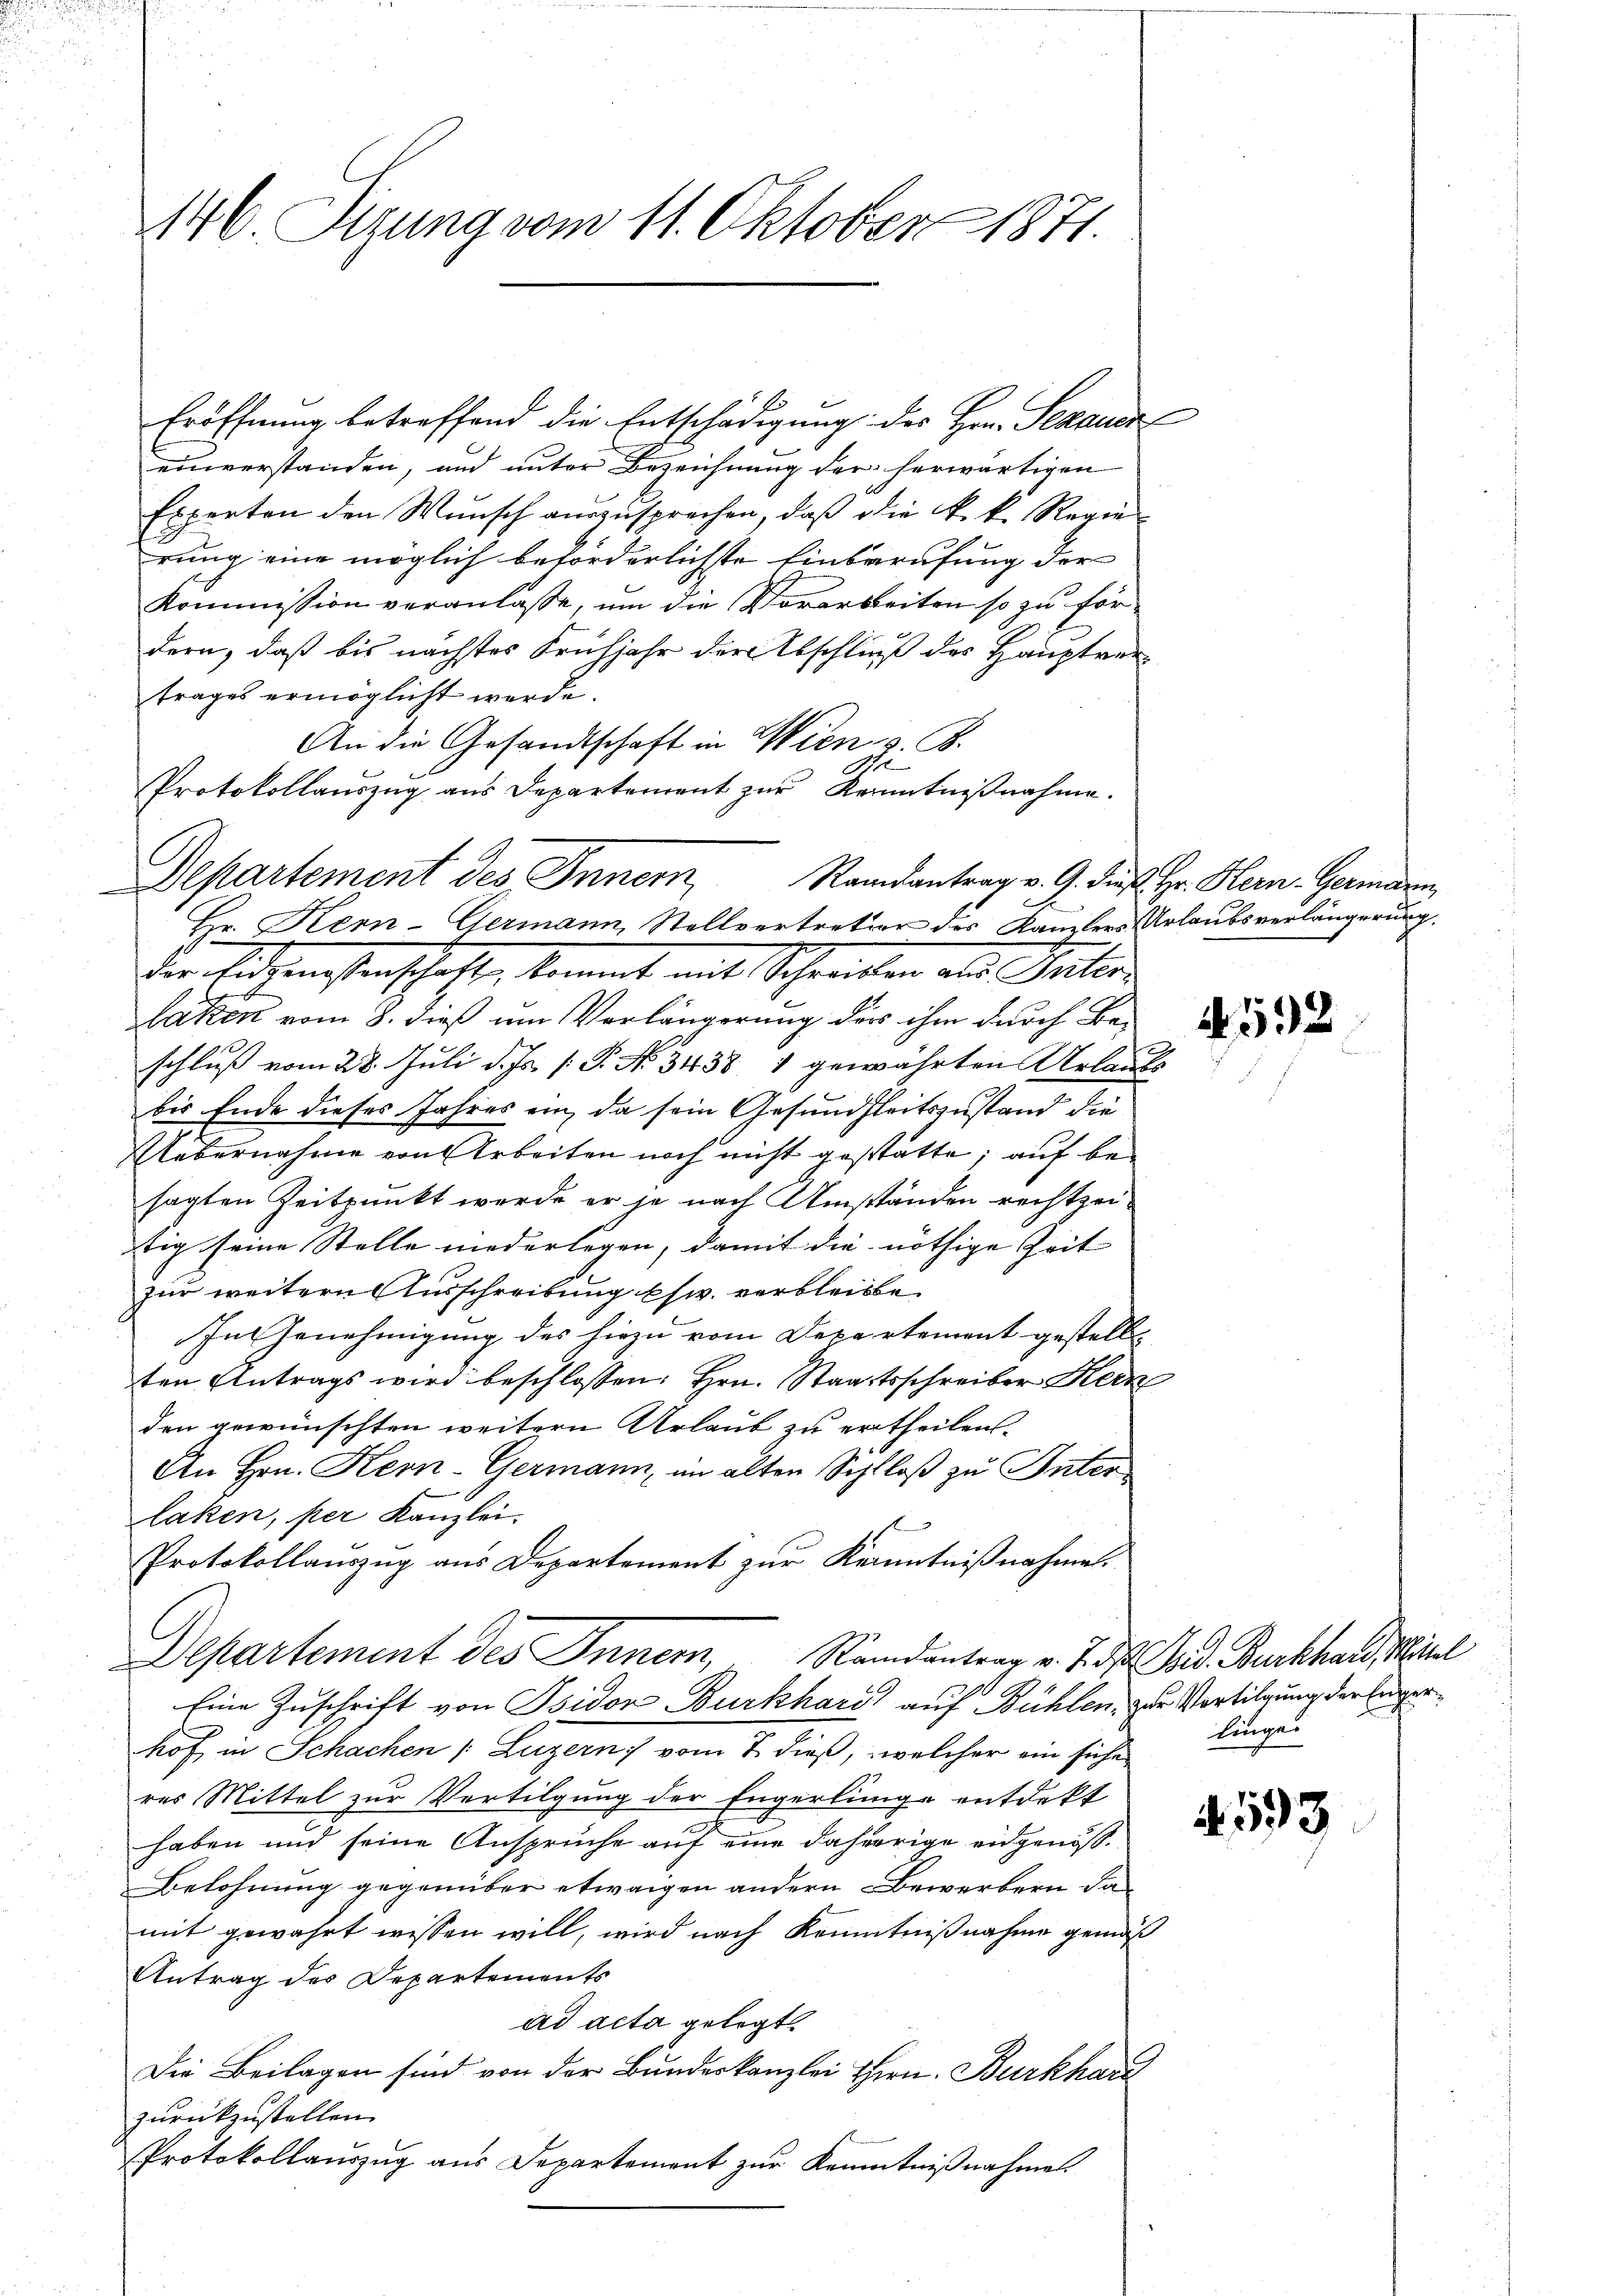
Eröffnung betreffend die Entschädigung des Hrn. Schauer
einverstanden, und unter Bezeichnung der herwärtigen
Experten den Wunsch auszusprechen, daß die k.k. Regie
rung eine möglich beförderlichste Einberufung der
Kommission veranlasse, um die Vorarbeiten so zu för
dern, daß bis nächstes Frühjahr der Abschließ des Hauptvertrages ermöglicht werde.
An die Gesandtschaft in Wien z. B.
te
Protokollauszug aus Departement zur Kenntnißnahme.
Randantrag v. 9. dieß Hr. Kern-Germann,
Die Bedienstenschaft, kommt mit Schreiben als Seitere
laken vom 8. dieß um Verlängerung der ihm durch Beschluß vom 28. Juli d. Js. [ P. No. 3438, 1 gewährten Urlaubs
bis Ende dieses Jahres ein, da sein Gesundheitszustand die
Uebernahme von Arbeiten noch nicht gestatte; auf be-
sagten Zeitpunkt werde er je nach Umständen rechtzeitig seine Stelle niederlegen, damit die nöthige Zeit |
für weitern Ausschreibung usw. verbleibe
In Genehmigung des hiezu vom Departement gestell
ten Antrags wird beschlossen: Hrn. Staatsschreiber Kern
den gewünschten weitern Urlaub zu ertheilen.
An Hrn. Kern-Germann, im alten Schloß zu Inter
laken, per Kanzlei.
Protokollauszug aus Departement zur Kenntnißnahmen.
Departement des Innern, Randantrag v. J. d. d. Burkhard Sil
Eine Zuschrift von Isidor Burkhard auf Bühlen, zur Vortilgung der Einger
hof in Schachen (Luzern vom 7. dieß, welcher ein siche
res Mittel zur Vertilgung der Engerlinge entdekt
haben und seine Anspruche auf eine daherige eidgenöß¬
Belohnung gegenüber etwaigen andern Bewerbern damit gewährt wissen will, wird nach Kenntnißnahme gemäß
Antrag des Departements
ad acta gelegt.
Die Beilagen sind von der Bundeskanzlei Hern. Burkhard
zurückzustellen.
Protokollauszug aus Departement zur Kenntnißnahme

146. Sizung vom 11. Oktober 1871.

Departement des Inner,
Hr. Kern-Germann, Stellvertretior des Kanzlers Urlaubsverlängerung,

e

4592

linge

4. 593.